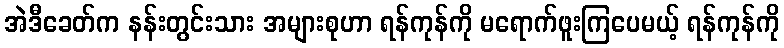
အဲဒီခေတ်က နန်းတွင်းသား အများစုဟာ ရန်ကုန်ကို မရောက်ဖူးကြပေမယ့် ရန်ကုန်ကို